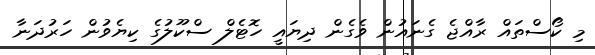
މި ކޯސްތައް ރާއްޖެ ގެނައުން ވެގެން ދިޔައީ ހޮޓެލް ސްކޫލުގެ ކިޔެވުން ހަރުދަނާ